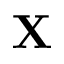
\mathbf { X }